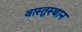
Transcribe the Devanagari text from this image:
वास्तुस्थान